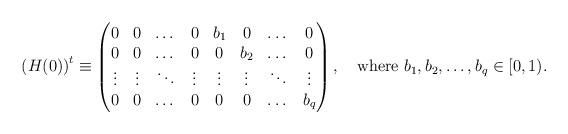
LaTeX: \begin{align*}\quad\left(H(0)\right)^{t}\equiv \begin{pmatrix} 0 & 0& \dots & 0 &b_{1} & 0& \dots &0 \\ 0 & 0& \dots & 0 &0 & b_{2}& \dots &0 \\ \vdots & \vdots& \ddots & \vdots & \vdots & \vdots &\ddots &\vdots \\ 0 & 0& \dots & 0&0 & 0& \dots &b_{q}\end{pmatrix},\quad\mbox{where $b_{1},b_{2},\dots,b_{q}\in[0,1)$.}\end{align*}